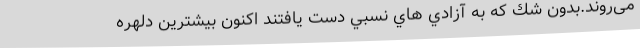
می‌روند.بدون شك كه به آزادي هاي نسبي دست يافتند اكنون بيشترين دلهره